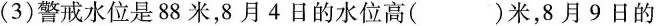
(3)警戒水位是88米，8月4日的水位高()米，8月9日的